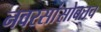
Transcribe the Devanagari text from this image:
नवरसांसोबतच